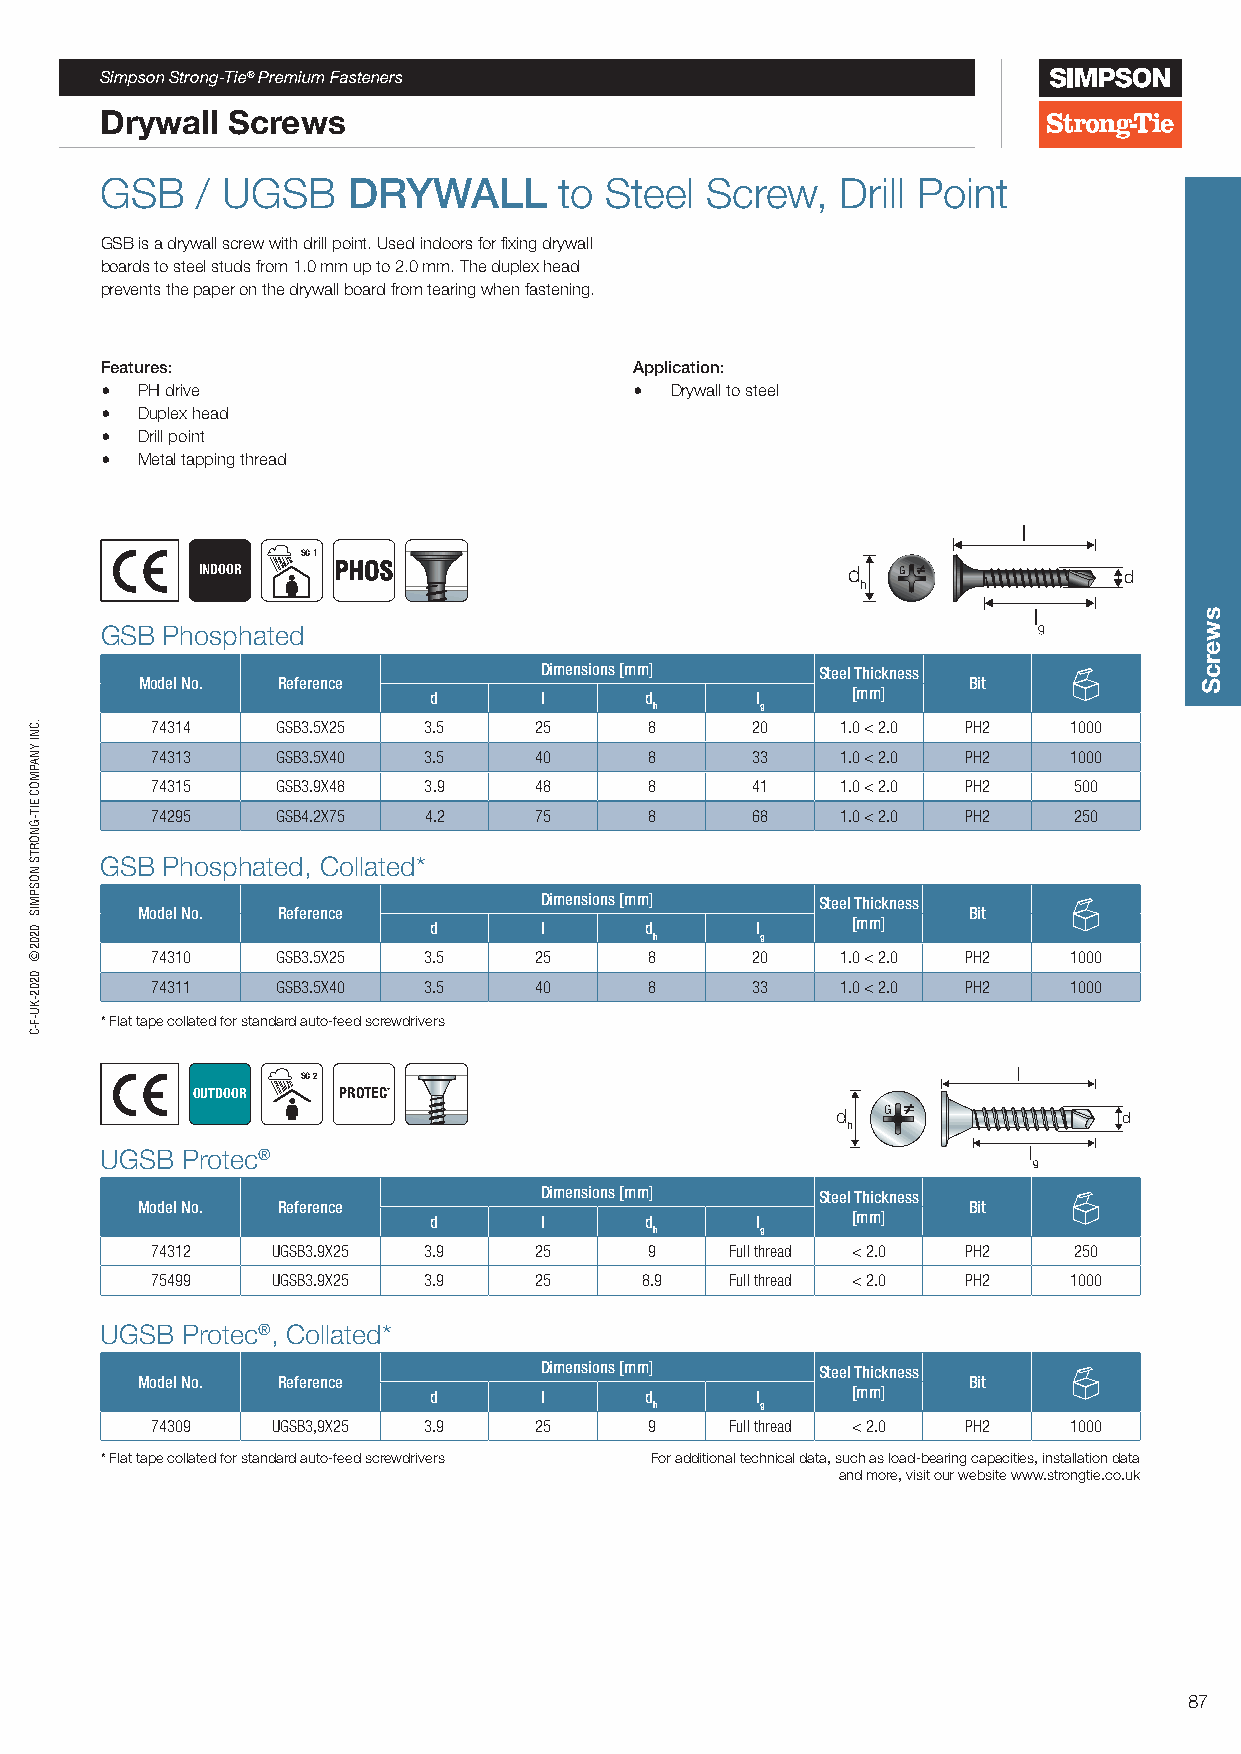
Simpson Strong-Tie® Premium Fasteners
 Drywall Screws
 GSB   / UGSB    DRYWALL       to Steel  Screw,   Drill Point
 GSB is a drywall screw with drill point. Used indoors for fixing drywall
 boards to steel studs from 1.0 mm up to 2.0 mm. The duplex head
 prevents the paper on the drywall board from tearing when fastening.
 Features:                          Application:
 • PH drive                         • Drywall to steel
 • Duplex head
 • Drill point
 • Metal tapping thread
 l
 SC 1
 INDOOR   PHOS                              d  G              d
 h
 l
 GSB Phosphated                                                g
 Dimensions [mm]   Steel Thickness
 Model No. Reference                                    Bit
 d       l      d      l     [mm]
 h      g
 74314   GSB3.5X25 3.5    25      8      20    1.0 < 2.0 PH2  1000
 74313   GSB3.5X40 3.5    40      8      33    1.0 < 2.0 PH2  1000
 74315   GSB3.9X48 3.9    48      8      41    1.0 < 2.0 PH2  500
 74295   GSB4.2X75 4.2    75      8      68    1.0 < 2.0 PH2  250
 GSB Phosphated, Collated*
 Dimensions [mm]   Steel Thickness
 Model No. Reference                                    Bit
 d       l      d      l     [mm]
 h      g
 74310   GSB3.5X25 3.5    25      8      20    1.0 < 2.0 PH2  1000
 74311   GSB3.5X40 3.5    40      8      33    1.0 < 2.0 PH2  1000
 * Flat tape collated for standard auto-feed screwdrivers
 l
 SC 2
 OUTDOOR  PROTEC
 d  G               d
 h
 UGSB Protec®                                                 l
 g
 Dimensions [mm]   Steel Thickness
 Model No. Reference                                    Bit
 d       l      d      l     [mm]
 h      g
 74312   UGSB3.9X25 3.9   25      9    Full thread < 2.0 PH2  250
 75499   UGSB3.9X25 3.9   25     8.9   Full thread < 2.0 PH2  1000
 UGSB Protec®, Collated*
 Dimensions [mm]   Steel Thickness
 Model No. Reference                                    Bit
 d       l      d      l     [mm]
 h      g
 74309   UGSB3,9X25 3.9   25      9    Full thread < 2.0 PH2  1000
 * Flat tape collated for standard auto-feed screwdrivers For additional technical data, such as load-bearing capacities, installation data
 and more, visit our website www.strongtie.co.uk
 87
 .CNI
 YNAPMOC
 EIT-GNORTS
 NOSPMIS
 0202©
 0202-KU-F-C
 G
 XG
 swercS